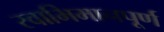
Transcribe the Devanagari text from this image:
स्वाभिमानपूर्ण